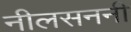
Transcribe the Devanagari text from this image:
नीलसननी